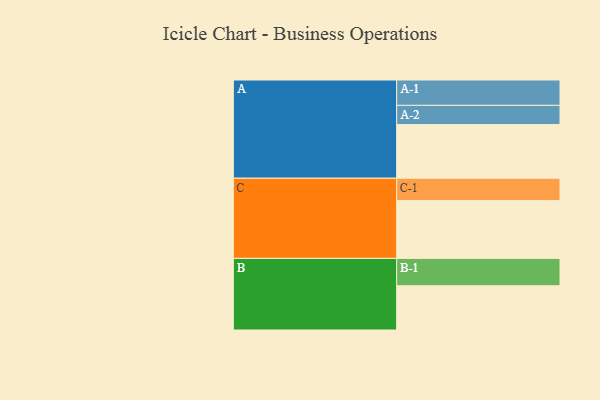
{"axis": {"x": "Segment", "y": "Value"}, "legend": ["", "A", "B", "C"], "data": [{"x": "A", "y": 472, "type": ""}, {"x": "B", "y": 389, "type": ""}, {"x": "C", "y": 508, "type": ""}, {"x": "A-1", "y": 223, "type": "A"}, {"x": "A-2", "y": 169, "type": "A"}, {"x": "B-1", "y": 241, "type": "B"}, {"x": "C-1", "y": 197, "type": "C"}]}